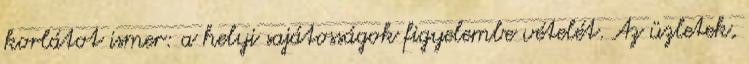
korlátot ismer: a helyi sajátosságok figyelembe vételét. Az üzletek,